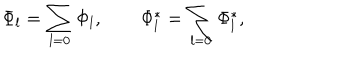
LaTeX: \Phi _ { l } = \sum _ { l = 0 } \Phi _ { l } , \qquad \Phi _ { l } ^ { \ast } = \sum _ { l = 0 } \Phi _ { l } ^ { \ast } ,